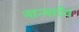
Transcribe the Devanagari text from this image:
नान्यादेव